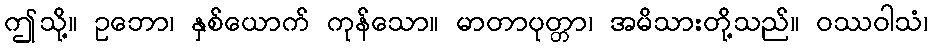
ဤသို့။ ဥဘော၊ နှစ်ယောက် ကုန်သော။ မာတာပုတ္တာ၊ အမိသားတို့သည်။ ဝဿဝါသံ၊